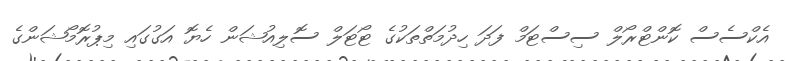
އެކްސެސް ކޮންޓްރޯލް ސިސްޓަމް ފަދަ ހިދުމަތްތަކުގެ ޓޯޓަލް ސޮލިއުޝަން ހެޔޮ އަގުގައި މިޕުރޮމޯޝަންގެ